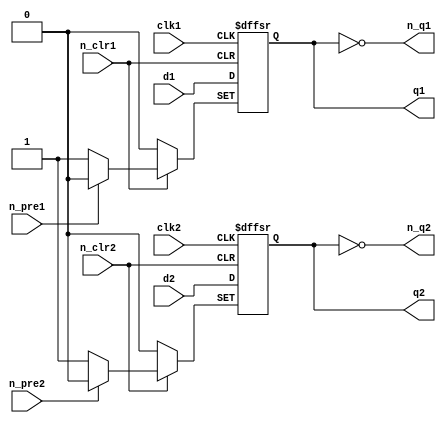
//74LS74 Chip pinout:
/*        _____________
        _|             |_
n_clr1 |_|1          14|_| VCC
        _|             |_                     
d1     |_|2          13|_| n_clr2
        _|             |_
clk1   |_|3          12|_| d2
        _|             |_
n_pre1 |_|4          11|_| clk2
        _|             |_
q1     |_|5          10|_| n_pre2
        _|             |_
n_q1   |_|6           9|_| q2
        _|             |_
GND    |_|7           8|_| n_q2
         |_____________|
*/

module ls74
(
	input  n_pre1, n_pre2,
	input  n_clr1, n_clr2,
	input  clk1, clk2,
	input  d1, d2,
	output reg q1, q2,
    output n_q1, n_q2
);

always @(posedge clk1 or negedge n_pre1 or negedge n_clr1) begin
	if(!n_pre1)
		q1 <= 1;
	else if(!n_clr1)
		q1 <= 0;
	else
		q1 <= d1;
end
assign n_q1 = ~q1;
	
always @(posedge clk2 or negedge n_pre2 or negedge n_clr2) begin
	if(!n_pre2)
		q2 <= 1;
	else if(!n_clr2)
		q2 <= 0;
	else
		q2 <= d2;
end
assign n_q2 = ~q2;

endmodule

//74LS107 Chip pinout:
/*     _____________
     _|             |_
1J  |_|1          14|_| VCC
     _|             |_                     
1nQ |_|2          13|_| 1nCLR
     _|             |_
1Q  |_|3          12|_| 1CK
     _|             |_
1K  |_|4          11|_| 2K
     _|             |_
2Q  |_|5          10|_| 2nCLR
     _|             |_
2nQ |_|6           9|_| 2CK
     _|             |_
GND |_|7           8|_| 2J
      |_____________|
*/

module ls107(
   input clear, 
   input clk, 
   input j, 
   input k, 
   output reg q, 
   output qnot
);

assign qnot=~q;
  always @(negedge clk or negedge clear) begin
	if (!clear) q<=1'b0; else
		case ({j, k})
		2'b00: q<=q;
		2'b01: q<=1'b0;
		2'b10: q<=1'b1;
		2'b11: q<=~q;
		endcase
  end
endmodule

//74LS161 Chip pinout:
/*        _____________
        _|             |_
n_clr  |_|1          16|_| VCC
        _|             |_                     
clk    |_|2          15|_| rco
        _|             |_
din(0) |_|3          14|_| q(0)
        _|             |_
din(1) |_|4          13|_| q(1)
        _|             |_
din(2) |_|5          12|_| q(2)
        _|             |_
din(3) |_|6          11|_| q(3)
        _|             |_
enp    |_|7          10|_| ent
        _|             |_
GND    |_|8           9|_| n_load
         |_____________|
*/

module ls161 //asynchronous reset/clear
(
	input        n_clr,
	input        clk,
	input  [3:0] din,
	input        enp, ent,
	input        n_load,
	output [3:0] q,
	output       rco
);

  reg [3:0] data = 4'b0;

always @(posedge clk or negedge n_clr) begin
	if(!n_clr)
		data <= 4'd0;
	else
		if(!n_load)
			data <= din;
		else if(enp && ent)
			data <= data + 4'd1;
end

assign q = data;
assign rco = data[0] & data[1] & data[2] & data[3] & ent;

endmodule

//74LS273 Chip pinout:
/*      _____________
      _|             |_
res  |_|1          20|_| VCC
      _|             |_                     
q(0) |_|2          19|_| q(7)
      _|             |_
d(0) |_|3          18|_| d(7)
      _|             |_
d(1) |_|4          17|_| d(6)
      _|             |_
q(1) |_|5          16|_| q(6)
      _|             |_
q(2) |_|6          15|_| q(5)
      _|             |_
d(2) |_|7          14|_| d(5)
      _|             |_
d(3) |_|8          13|_| d(4)
      _|             |_
q(3) |_|9          12|_| q(4)
      _|             |_
GND  |_|10         11|_| clk
       |_____________|
*/

module ls273
(
	input  [7:0] d,
	input        clk,
	input        res,
	output reg [7:0] q
);

always @(posedge clk or negedge res) begin
	if(!res)
		q <= 8'h00;
	else
		q <= d;
end

endmodule

//74LS166 Chip pinout:
/*            _____________
            _|             |_
serial input |_|1          16|_| VCC
            _|             |_                     
parra in A   |_|2          15|_| shift/load
            _|             |_
parra in B   |_|3          14|_| parra in H
            _|             |_
parra in C   |_|4          13|_| serial output
            _|             |_
parra in D   |_|5          12|_| parra in G
            _|             |_
CLK inhibit  |_|6          11|_| parra in F
            _|             |_
CLK        |_|7          10|_|   parra in E
            _|             |_
GND        |_|8           9|_| clear
             |_____________|
*/

module ls166
(
    input clk,
    input load,
  	input [7:0] in,
    output out	
);
  
reg [7:0]tmp;

always @(posedge clk)
begin
	if (!load)
		tmp <= in;
	else
		tmp <= {tmp[6:0], 1'b0};
end
assign out = tmp[7];

endmodule

//74LS174 Chip pinout:
/*      _____________
      _|             |_
mr   |_|1          16|_| VCC
      _|             |_                     
q(0) |_|2          15|_| q(5)
      _|             |_
d(0) |_|3          14|_| d(5)
      _|             |_
d(1) |_|4          13|_| d(4)
      _|             |_
q(1) |_|5          12|_| q(4)
      _|             |_
d(2) |_|6          11|_| d(3)
      _|             |_
q(2) |_|7          10|_| q(3)
      _|             |_
GND  |_|8           9|_| clk
       |_____________|
*/

module ls174 
(
	input  [5:0] d,
	input        clk,
	input        mr,
	output reg [5:0] q
);

always @(posedge clk or negedge mr) begin
	if(!mr)
		q <= 6'b000000;
	else
		q <= d;
end

endmodule

//74LS139 Chip pinout:
/*      _____________
      _|             |_
1n_G |_|1          16|_| VCC
      _|             |_                     
1A   |_|2          15|_| 2n_G
      _|             |_
1B   |_|3          14|_| 2A
      _|             |_
1Y0  |_|4          13|_| 2B
      _|             |_
1Y1  |_|5          12|_| 2Y0
      _|             |_
1Y2  |_|6          11|_| 2Y1
      _|             |_
1Y3  |_|7          10|_| 2Y2
      _|             |_
GND  |_|8           9|_| 2Y3
       |_____________|
*/

module ls139
(
	input  		 a,
    input  		 b,
  	input  		 n_g,
  	output [3:0] y
);

  assign y = (!n_g && !a && !b) ? 4'b1110:
    (!n_g && a && !b)  ? 4'b1101:
    (!n_g && !a && b)  ? 4'b1011:
    (!n_g && a && b)   ? 4'b0111:
	4'b1111;
		
endmodule

//Chip pinout:
/*       _____________
       _|             |_
s     |_|1          16|_| VCC
       _|             |_                     
i0(0) |_|2          15|_| n_e
       _|             |_
i1(0) |_|3          14|_| i0(2)
       _|             |_
z(0)  |_|4          13|_| i1(2)
       _|             |_
i0(1) |_|5          12|_| z(2)
       _|             |_
i1(1) |_|6          11|_| i0(3)
       _|             |_
z(1)  |_|7          10|_| i1(3)
       _|             |_
GND   |_|8           9|_| z(3)
        |_____________|
*/

module ls157 
(
	input  [3:0] i0,
	input  [3:0] i1,
	input        n_e,
	input        s,
	output [3:0] z
);

assign z = (!n_e && !s) ? i0:
	(!n_e && s)     ? i1:
	4'b0000;	
	
endmodule

module ls42
(
    input  [3:0] in,
  output reg [9:0] out
);
  // in = [DCBA]
  // out = [9876543210]
  
  always @ (*)
    case (in)
    	4'b0000: out = 10'b1111111110;
        4'b0001: out = 10'b1111111101;
        4'b0010: out = 10'b1111111011;
        4'b0011: out = 10'b1111110111;
        4'b0100: out = 10'b1111101111;
		4'b0101: out = 10'b1111011111;
        4'b0110: out = 10'b1110111111;
        4'b0111: out = 10'b1101111111;
        4'b1000: out = 10'b1011111111;
        4'b1001: out = 10'b0111111111;
        4'b1010: out = 10'b1111111111;
        4'b1011: out = 10'b1111111111;
        4'b1100: out = 10'b1111111111;
        4'b1101: out = 10'b1111111111;
        4'b1110: out = 10'b1111111111;
        4'b1111: out = 10'b1111111111;      
        default: out = 10'b1111111111;
    endcase
		
endmodule